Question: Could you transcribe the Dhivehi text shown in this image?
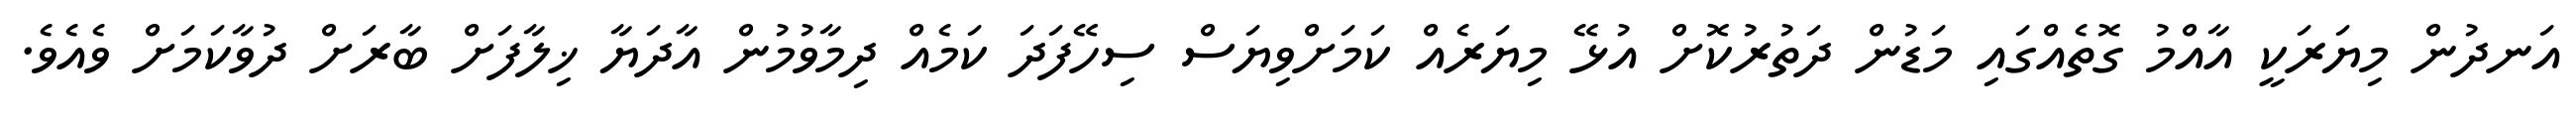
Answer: އަނދުން މިޔަރަކީ އާއްމު ގޮތެއްގައި މަޑުން ދަތުރުކޮށް އުޅޭ މިޔަރެއް ކަމަށްވިޔަސް ސިހޭފަދަ ކަމެއް ދިމާވުމުން އާދަޔާ ޚިލާފަށް ބާރަށް ދުވާކަމަށް ވެއެވެ.